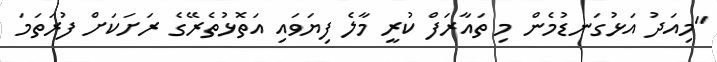
"މިއަދު އަޅުގަނޑުމެން މި ތައާރަފް ކުރީ މާލެ ފިޔަވައި އަތޮޅުތެރޭގެ ރަށަކަށް ފުރަތަމަ